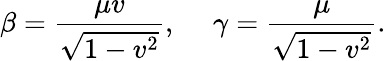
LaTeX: \beta=\frac{\mu v}{\sqrt{1-v^{2}}},~~~~~\gamma=\frac{\mu}{\sqrt{1-v^{2}}}.